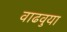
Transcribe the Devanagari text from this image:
वाढवुया